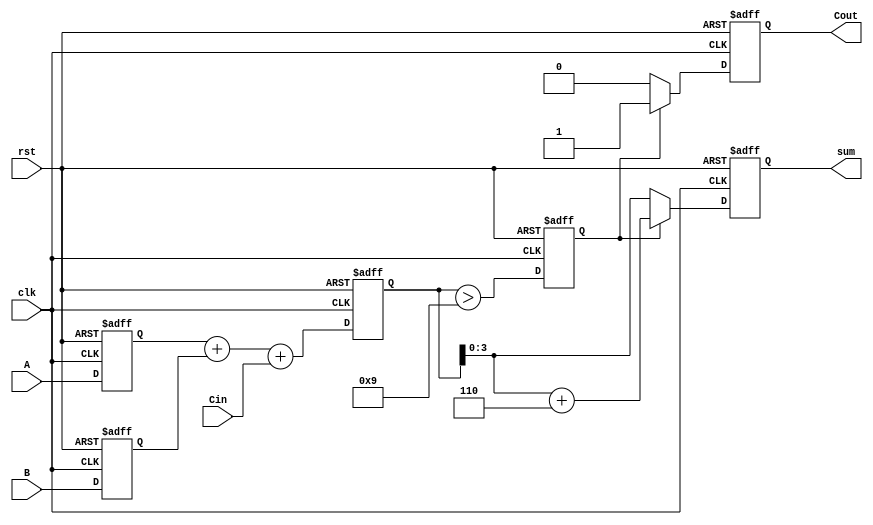
module bcd_pipelined_adder (
    input clk,
    input rst,
    input [3:0] A,       // BCD digit A
    input [3:0] B,       // BCD digit B
    input Cin,           // Carry-in from previous stage
    output reg [3:0] sum, // BCD result
    output reg Cout       // Carry-out for next stage
);

    // Pipeline registers
    reg [3:0] A_reg, B_reg; // Registers for inputs
    reg [4:0] sum_reg;      // Register for sum
    reg correction_needed;   // Flag for correction

    // Correction logic constant
    localparam CORRECTION = 5'b00110; // BCD correction value (6)

    // Input Stage
    always @(posedge clk or posedge rst) begin
        if (rst) begin
            A_reg <= 4'b0000;
            B_reg <= 4'b0000;
        end else begin
            A_reg <= A;
            B_reg <= B;
        end
    end

    // Adder Stage
    always @(posedge clk or posedge rst) begin
        if (rst) begin
            sum_reg <= 5'b00000;
        end else begin
            sum_reg <= A_reg + B_reg + Cin; // Compute sum
        end
    end

    // Correction Stage
    always @(posedge clk or posedge rst) begin
        if (rst) begin
            correction_needed <= 1'b0;
        end else begin
            correction_needed <= (sum_reg > 5'b01001); // Check if sum exceeds 9
        end
    end

    // Output Stage
    always @(posedge clk or posedge rst) begin
        if (rst) begin
            sum <= 4'b0000;
            Cout <= 1'b0;
        end else begin
            if (correction_needed) begin
                sum <= sum_reg[3:0] + CORRECTION; // Apply correction
                Cout <= 1'b1; // Set carry-out
            end else begin
                sum <= sum_reg[3:0]; // No correction needed
                Cout <= 1'b0; // No carry-out
            end
        end
    end

endmodule